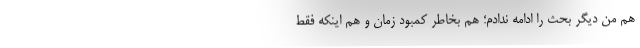
هم من دیگر بحث را ادامه ندادم؛ هم بخاطر کمبود زمان و هم اینکه فقط